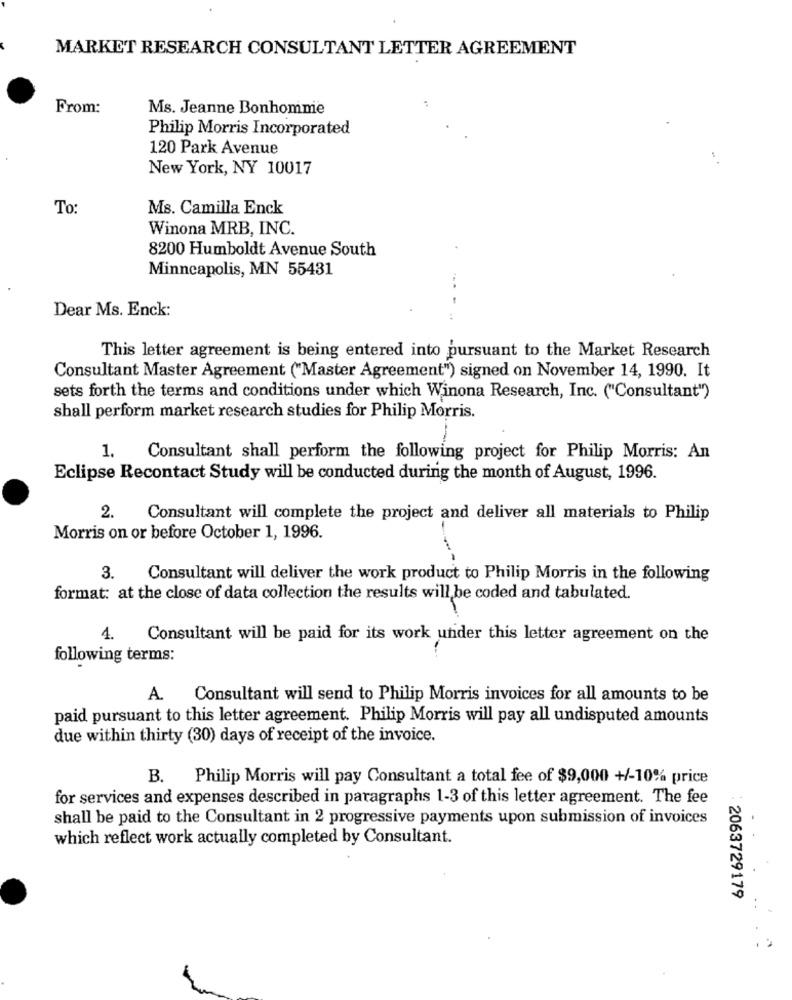
MARKET RESEARCH CONSULTANT LETTER AGREEMENT
From:
Ms. Jeanne Bonhomme
Philip Morris Incorporated
120 Park Avenue
New York, NY 10017
To:
Ms. Camilla Enck
Winona MRB, INC.
8200 Humboldt Avenue South
Minneapolis, MN 55431
Dear Ms. Enck:
This letter agreement is being entered into pursuant to the Market Research
Consultant Master Agreement ("Master Agreement") signed on November 14, 1990. It
sets forth the terms and conditions under which Winona Research, Inc. ("Consultant")
shall perform market research studies for Philip Morris.
1. Consultant shall perform the following project for Philip Morris: An
Eclipse Recontact Study will be conducted during the month of August, 1996.
2.
Consultant will complete the project and deliver all materials to Philip
Morris on or before October 1, 1996.
3.
Consultant will deliver the work product to Philip Morris in the following
format: at the close of data collection the results will be coded and tabulated.
4.
Consultant will be paid for its work under this letter agreement on the
following terms:
A. Consultant will send to Philip Morris invoices for all amounts to be
paid pursuant to this letter agreement. Philip Morris will pay all undisputed amounts
due within thirty (30) days of receipt of the invoice.
B. Philip Morris will pay Consultant a total fee of $9,000 +/-10% price
for services and expenses described in paragraphs 1-3 of this letter agreement. The fee
shall be paid to the Consultant in 2 progressive payments upon submission of invoices
which reflect work actually completed by Consultant.
2063729179